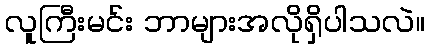
လူကြီးမင်း ဘာများအလိုရှိပါသလဲ။